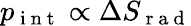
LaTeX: p_{\mathrm{~i~n~t~}}\propto\Delta S_{\mathrm{~r~a~d~}}